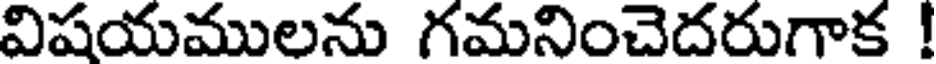
విషయములను గమనించెదరుగాక !